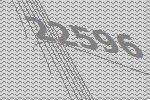
22596